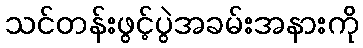
သင်တန်းဖွင့်ပွဲအခမ်းအနားကို